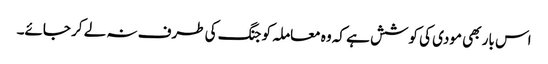
اس بار بھی مودی کی کوشش ہے کہ وہ معاملہ کو جنگ کی طرف نہ لے کر جائے۔